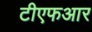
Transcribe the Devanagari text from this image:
टीएफआर